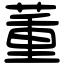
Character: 董